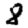
Digit: 8